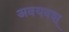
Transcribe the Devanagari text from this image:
अवयवश्